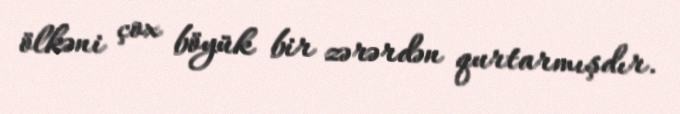
ölkəni çox böyük bir zərərdən qurtarmışdır.